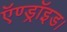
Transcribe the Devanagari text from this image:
ऍण्ड्रॉइड।